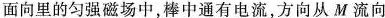
面向里的匀强磁场中，棒中通有电流，方向从M流向